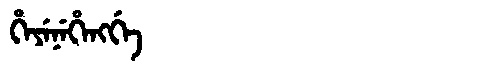
Manchu: ᡥᡝᠶᡝᠨᡝᡥᡝᠩᡤᡝ
Romanization: HEYENEHENGGE